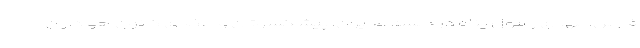
فارس، مهدی رسول پناه در جلسه مدیران، پیشکسوتان و اعضای کانون هواداران